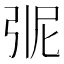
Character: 𭚭